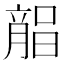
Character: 𣎘